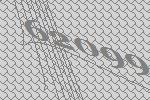
62099